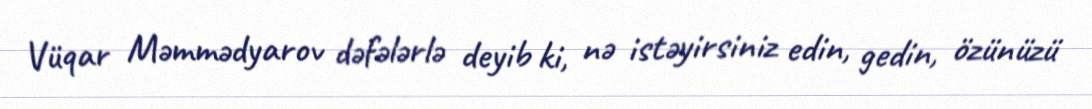
Vüqar Məmmədyarov dəfələrlə deyib ki, nə istəyirsiniz edin, gedin, özünüzü